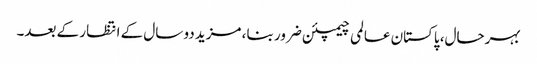
بہرحال، پاکستان عالمی چیمپئن ضرور بنا، مزید دو سال کے انتظار کے بعد۔